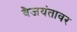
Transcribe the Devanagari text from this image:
वैजयंतावर